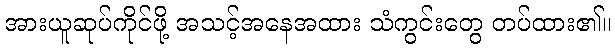
အားယူဆုပ်ကိုင်ဖို့ အသင့်အနေအထား သံကွင်းတွေ တပ်ထား၏။